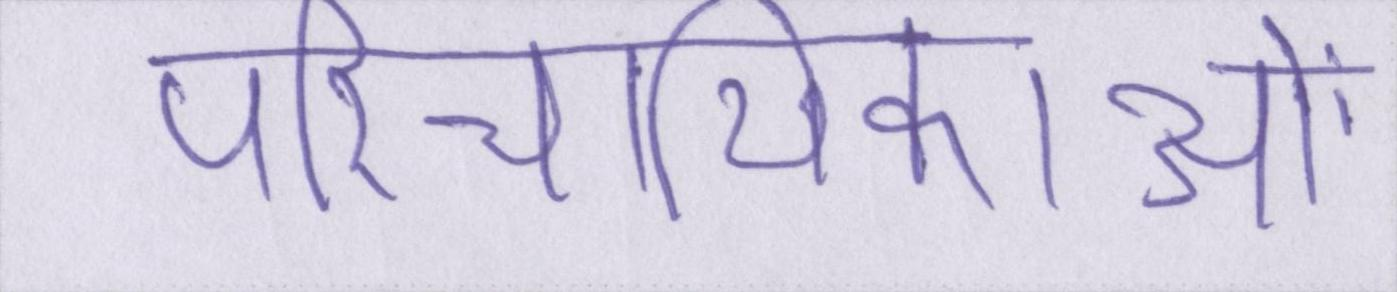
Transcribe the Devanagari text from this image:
परिचायिकाओं